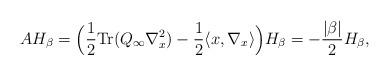
LaTeX: \begin{align*}AH_{\beta}=\Big(\frac{1}{2}\textrm{Tr}(Q_{\infty}\nabla_x^2)-\frac{1}{2}\langle x,\nabla_x\rangle\Big)H_{\beta}=-\frac{|\beta|}{2}H_{\beta},\end{align*}